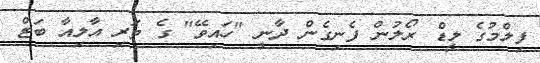
ފިލްމުގެ ލީޑް ރޯލުން ފެނިގެން ދާނީ "ހައިވޭ" ގެ ތަރި އާލިއާ ބަޓް